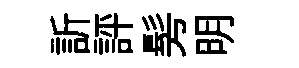
訢評髣明